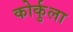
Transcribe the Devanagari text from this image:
कोर्कुला